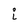
Character: i